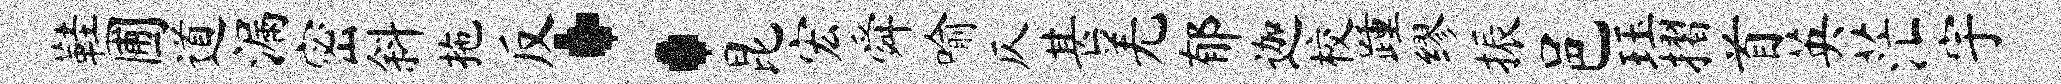
鞋圃道漏密斜拖反：昆宏舜喻仄甚羌郁迦校踵缪振邑珏摺首英茫宇